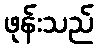
ဖုန်းသည်